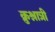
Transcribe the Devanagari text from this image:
क्रुश्नात्री